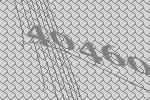
40460